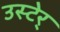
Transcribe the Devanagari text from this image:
उस्टेर्